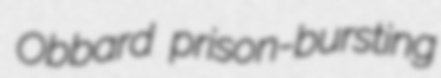
Obbard prison-bursting